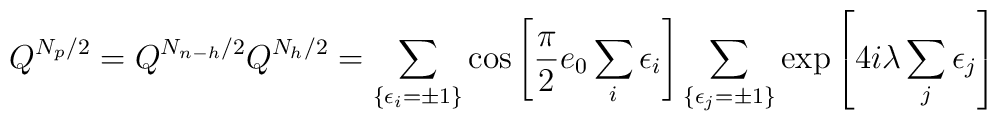
Q^{N_p/2}=Q^{N_{n-h}/2}Q^{N_h/2}=\sum_{\{\epsilon_i=\pm1\}}\cos\left[\frac{\pi}{2}e_0\sum_{i}\epsilon_i\right]\sum_{\{\epsilon_j=\pm1\}}\exp\left[4i\lambda\sum_j  \epsilon_j\right]